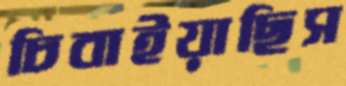
চিবাইয়াছিস